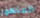
المتهور